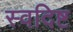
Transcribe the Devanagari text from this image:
स्वदिष्ट